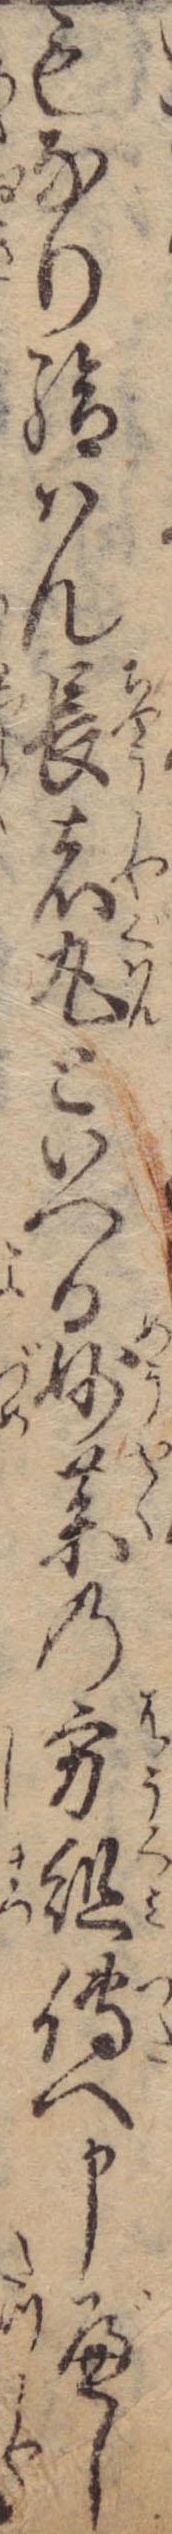
もなり給はん長者丸といへる妙薬の方組伝へ申べし